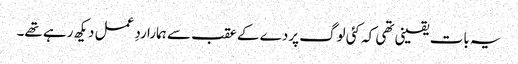
یہ بات یقینی تھی کہ کئی لوگ پردے کے عقب سے ہمارا ردِ عمل دیکھ رہے تھے۔